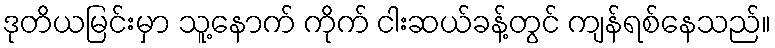
ဒုတိယမြင်းမှာ သူ့နောက် ကိုက် ငါးဆယ်ခန့်တွင် ကျန်ရစ်နေသည်။